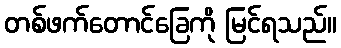
တစ်ဖက်တောင်ခြေကို မြင်ရသည်။